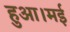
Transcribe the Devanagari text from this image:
हुआ।मई